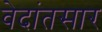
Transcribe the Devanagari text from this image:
वेदांतसार